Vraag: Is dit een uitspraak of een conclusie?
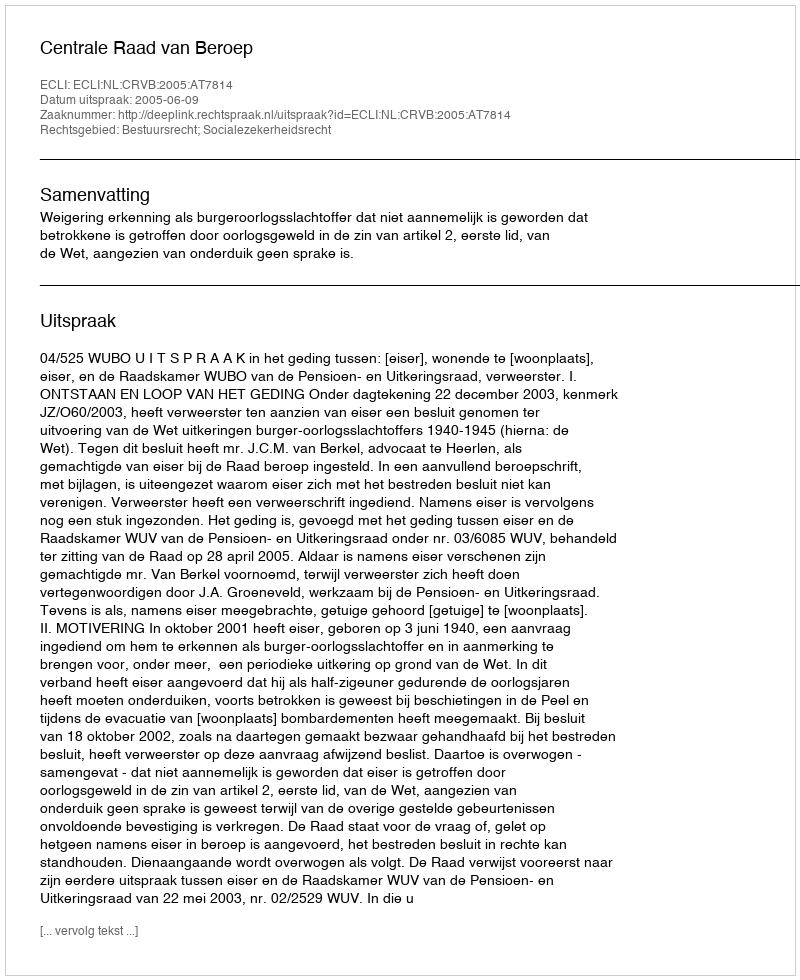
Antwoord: Uitspraak